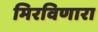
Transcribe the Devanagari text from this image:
मिरविणारा